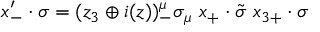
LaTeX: x _ { - } ^ { \prime } \cdot \sigma = ( z _ { 3 } \oplus i ( z ) ) _ { - } ^ { \mu } \sigma _ { \mu } \ x _ { + } \cdot \tilde { \sigma } \ x _ { 3 + } \cdot \sigma